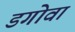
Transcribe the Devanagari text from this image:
डगोवा